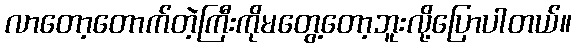
လာတော့တောက်တဲ့ကြီးကိုမတွေ့တော့ဘူးလို့ပြောပါတယ်။